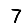
Digit: 7